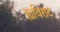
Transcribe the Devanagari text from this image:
ह्यविराट